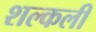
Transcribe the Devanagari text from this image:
शल्कली